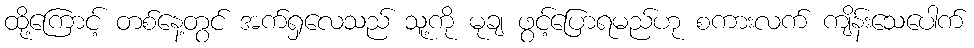
ထို့ကြောင့် တစ်နေ့တွင် အက်ရှလေသည် သူ့ကို မုချ ဖွင့်ပြောရမည်ဟု စကားလက် ကျိန်းသေပေါက်